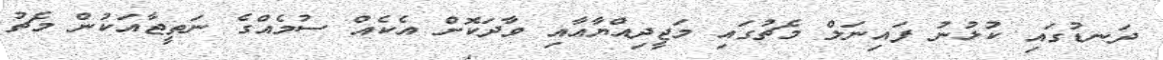
ދަނޑުގައި ކުޅުނު ފައިނަލް މެޗުގައި މަޖީދިއްޔާއާއި ވާދަކޮށް އެކެއް ސުމެއްގެ ނަތީޖާއަކުން މެޗު